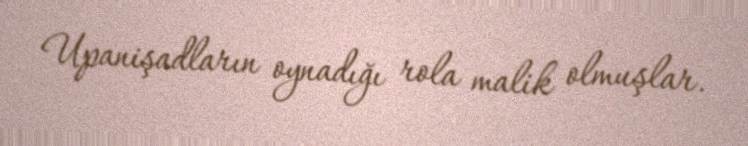
Upanişadların oynadığı rola malik olmuşlar.